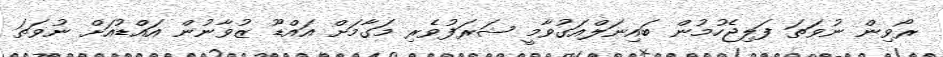
ރޯވިން ނުވަތަ ފަލިޖެހުމުން ބައިނަލްއަގުވާމީ ޝަރަފުވެރި މަގާމަށް އައްޑޫ ޒުވާނުން އައްޑުއަށް ނުވަތަ